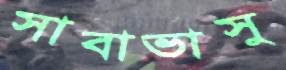
সাবাভাসু